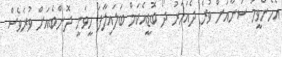
އެހެންވީމަ ސަނާއަށް ވުރެ ދެއަހަރު ދޯ ބޮޑީއެކަމް ބަލައިލާފަ ހީވަނީ ދޮންބެއަށް ވުރެވެސް